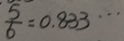
\frac { 5 } { 6 } = 0 . 8 3 3 \cdots